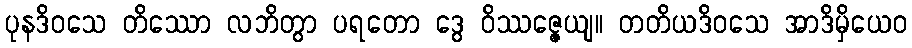
ပုနဒိဝသေ တိဿော လဘိတွာ ပရတော ဒွေ ဝိဿဇ္ဇေယျ။ တတိယဒိဝသေ အာဒိမှိယေဝ